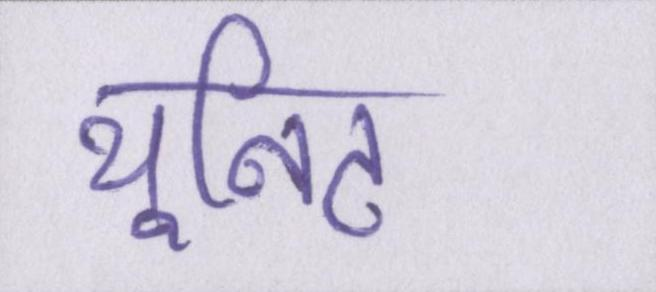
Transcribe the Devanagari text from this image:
यूनिट